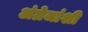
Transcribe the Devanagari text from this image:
अंग्रेजांशी